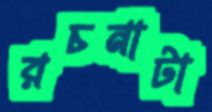
রচনাটা